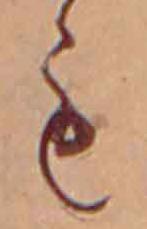
も